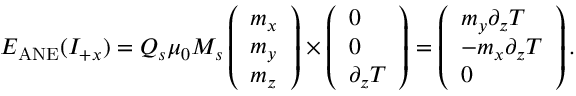
\boldsymbol { E } _ { \mathrm { A N E } } ( I _ { + x } ) = Q _ { s } \mu _ { 0 } M _ { s } \left( \begin{array} { l } { m _ { x } } \\ { m _ { y } } \\ { m _ { z } } \end{array} \right) \times \left( \begin{array} { l } { 0 } \\ { 0 } \\ { \partial _ { z } T } \end{array} \right) = \left( \begin{array} { l } { m _ { y } \partial _ { z } T } \\ { - m _ { x } \partial _ { z } T } \\ { 0 } \end{array} \right) .